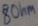
Text: 8Ohm